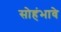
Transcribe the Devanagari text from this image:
सोहंभावे